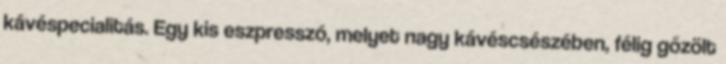
kávéspecialitás. Egy kis eszpresszó, melyet nagy kávéscsészében, félig gőzölt